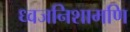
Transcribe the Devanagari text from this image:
ध्वजनिशामणि